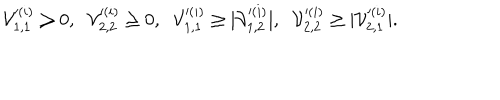
{ \cal V } _ { 1 , 1 } ^ { ( i ) } \geq 0 , \; \; { \cal V } _ { 2 , 2 } ^ { ( i ) } \geq 0 , \; \; { \cal V } _ { 1 , 1 } ^ { ( i ) } \geq | { \cal V } _ { 1 , 2 } ^ { ( i ) } | , \; \; { \cal V } _ { 2 , 2 } ^ { ( i ) } \geq | { \cal V } _ { 2 , 1 } ^ { ( i ) } | .